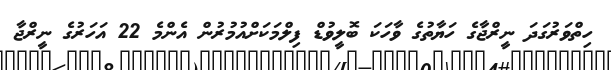
ހިތްވަރުގަދަ ނީރްޖާގެ ހަޔާތުގެ ވާހަކަ ބޮލީވުޑް ފިލްމަކަށްއުމުރުން އެންމެ 22 އަހަރުގެ ނީރްޖާ